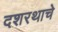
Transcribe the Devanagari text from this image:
दशरथाचे